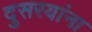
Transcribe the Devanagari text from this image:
दुसरयांना